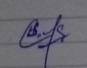
Signature authenticity: genuine